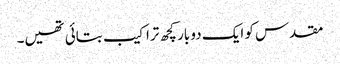
مقدس کو ایک دو بار کچھ تراکیب بتائی تھیں۔